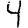
Digit: 4